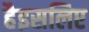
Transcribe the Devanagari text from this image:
हैइसलिए